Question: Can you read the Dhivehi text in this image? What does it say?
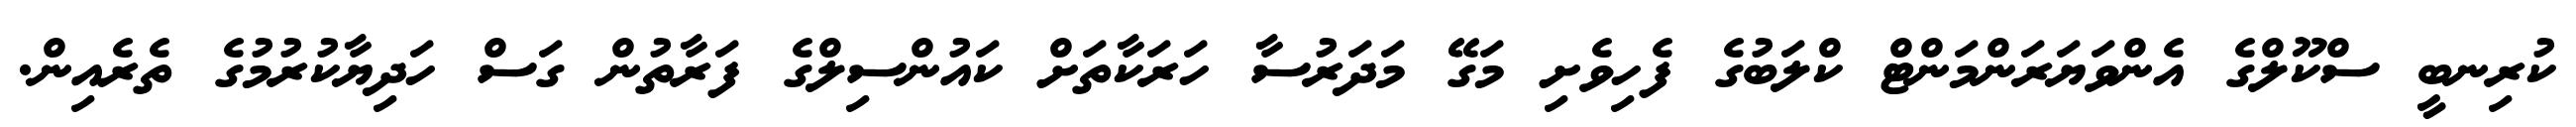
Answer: ކުރިނބީ ސްކޫލްގެ އެންވަޔަރަންމަންޓް ކްލަބުގެ ފެހިވެށި މަގޭ މަދަރުސާ ހަރަކާތަށް ކައުންސިލްގެ ފަރާތުން ގަސް ހަދިޔާކުރުމުގެ ތެރެއިން.